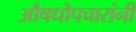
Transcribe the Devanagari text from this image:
औषधोपचारांनी